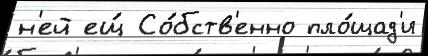
н'ей ещ́ Со́бств'енно пло́щад'и